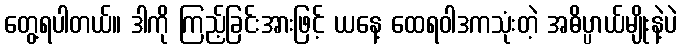
တွေ့ရပါတယ်။ ဒါကို ကြည့်ခြင်းအားဖြင့် ယနေ့ ထေရဝါဒကသုံးတဲ့ အဓိပ္ပာယ်မျိုးနဲ့ပဲ